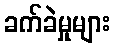
ခက်ခဲမှုများ